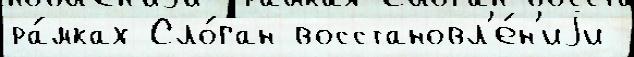
ра́мках Сло́ган восстановл'е́н'иjи